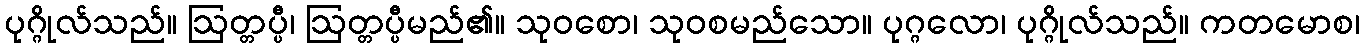
ပုဂ္ဂိုလ်သည်။ ဩတ္တပ္ပီ၊ ဩတ္တပ္ပီမည်၏။ သုဝစော၊ သုဝစမည်သော။ ပုဂ္ဂလော၊ ပုဂ္ဂိုလ်သည်။ ကတမောစ၊